Annual report on the working of the lock hospitals in the North-Western Provinces and Oudh
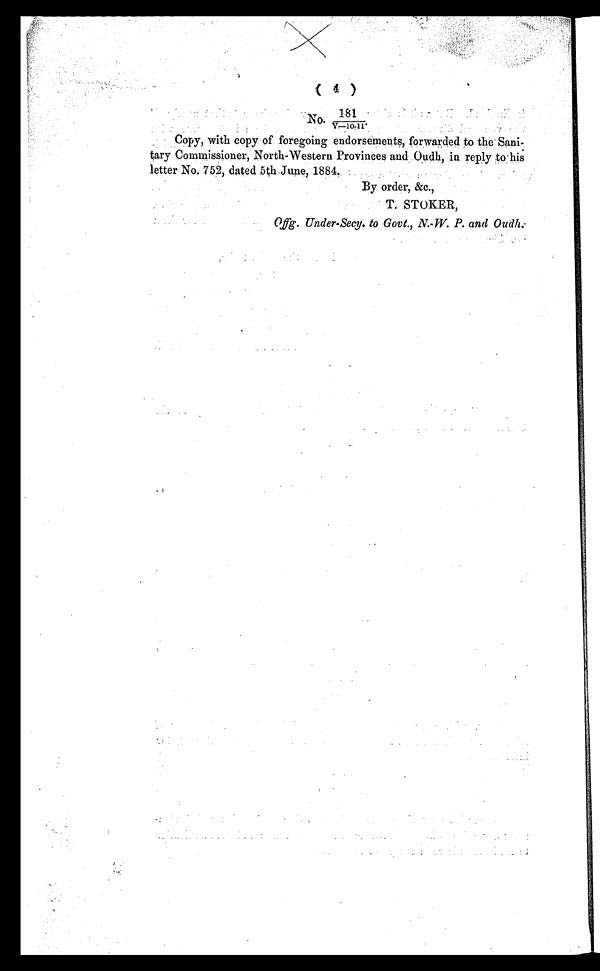
( 4 )
181
No. 181/V–10–11.
Copy, with copy of foregoing endorsements, forwarded to the . Sani-
tary Commissioner, North-Western Provinces and Oudh, in reply to his
letter No. 752, dated ,5th June, 1884.
By order, &c.,
T. STOKER,
()ffg. Under-Secy. to Govt., N. -W. P. and Oudh.